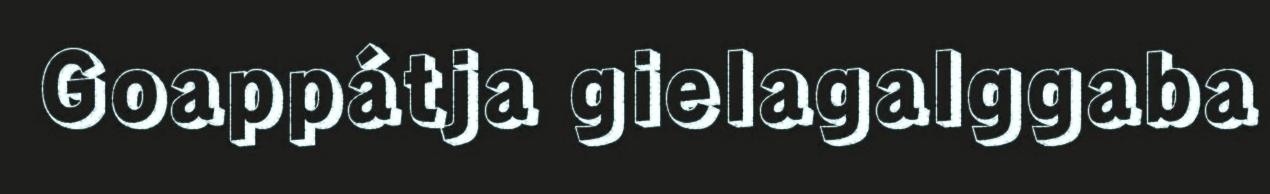
Goappátja gielagalggaba